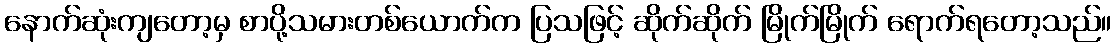
နောက်ဆုံးကျတော့မှ စာပို့သမားတစ်ယောက်က ပြသဖြင့် ဆိုက်ဆိုက် မြိုက်မြိုက် ရောက်ရတော့သည်။